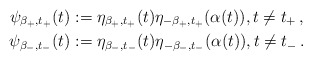
\begin{align*} \psi_{\beta_+,t_+}(t)&:= \eta_{\beta_+,t_+}(t)\eta_{-\beta_+,t_+}(\alpha(t)), t\neq t_+\,, \\ \psi_{\beta_-,t_-}(t)&:= \eta_{\beta_-,t_-}(t)\eta_{-\beta_-,t_-}(\alpha(t)), t\neq t_-\,. \end{align*}